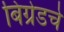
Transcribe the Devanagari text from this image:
बिग्रेडचे